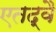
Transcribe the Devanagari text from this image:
एतद्वै